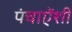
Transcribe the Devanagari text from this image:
पंचाऐंशी